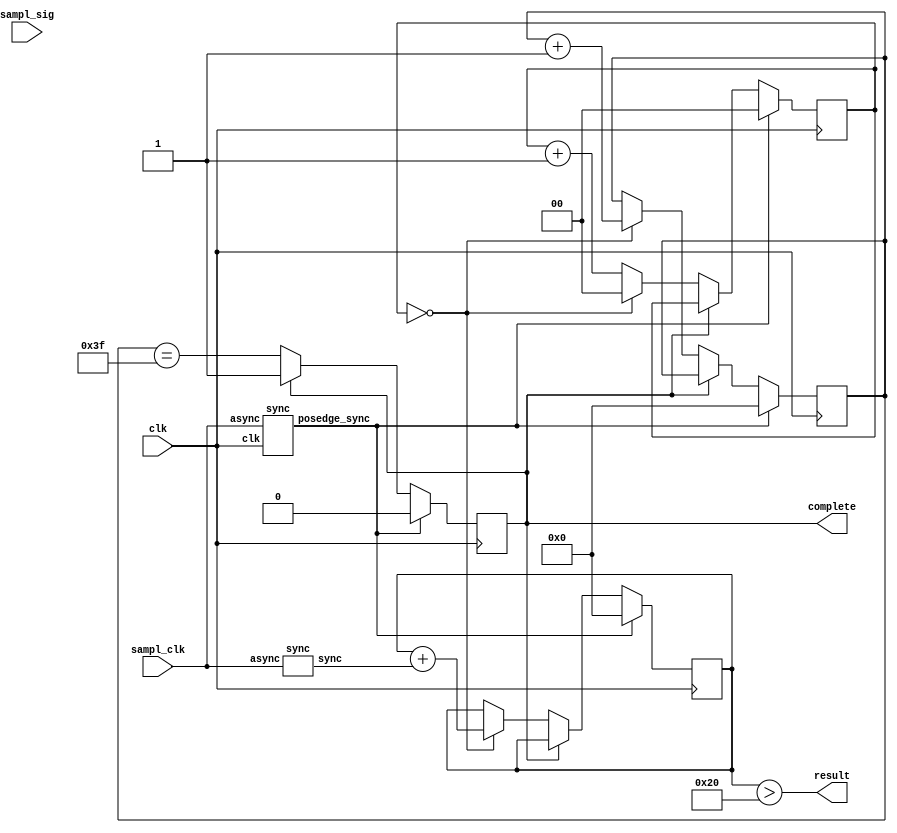
`ifndef LIBRARY_INCLUDED
`define LIBRARY_INCLUDED

/*
 *          Module for signal sampling
 *  Read `sampl_sig` signal `SAMPLES_COUNT` times once each `SAMPLES_STEP`
 * pulses starting with rising edge of `sampl_clk`. `complete` and `result` 
 * indicate result of sampling. 
 *  WARNING: `clk` frequency should be big enough to include required amount 
 * of samples between `sampl_clk` pulses
 */
module sampling
#(
  parameter SAMPLES_COUNT = 64,  // Count of samples 
  parameter SAMPLES_STEP  = 1    // Number of pulses between samples
)
(
  // Frequency of `clk` should be >> frequency of `sampl_clk`
  input  wire clk,            // System clock
  input  wire sampl_clk,      // Clock of signal to sample 
  input  wire sampl_sig,      // Signal to sample
  output reg  complete,       // Complete flag
  output wire result          // Result of sampling
);
  reg [$clog2(SAMPLES_COUNT)-1:0] sampl_cnt;
  reg [$clog2(SAMPLES_COUNT)-1:0] sampl_res;
  reg [$clog2(SAMPLES_STEP)-1:0]  sampl_step_cnt;

  wire sampl_clk_posedge;
  sync
  sampl_clk_sync
  (
    .async(sampl_clk),
    .clk(clk),
    .posedge_sync(sampl_clk_posedge)
  );

  wire sampl_sig_probe;
  sync
  sampl_sig_sync
  (
    .async(sampl_clk),
    .sync(sampl_sig_probe)
  );

  assign result = (sampl_res > SAMPLES_COUNT / 2);

  always @(posedge clk)
  begin
    if (sampl_clk_posedge) // Start of sampling
    begin
      sampl_step_cnt <= 0;
      sampl_cnt      <= 0;
      sampl_res      <= 0;
      complete       <= 0;
    end
    else if (!complete) // Sampling isn't complete
    begin
      sampl_step_cnt <= (sampl_step_cnt == SAMPLES_STEP - 1) ? 0 : sampl_step_cnt + 1;
      sampl_cnt      <= (sampl_step_cnt == SAMPLES_STEP - 1) ? sampl_cnt + 1: sampl_cnt;
      sampl_res      <= (sampl_step_cnt == SAMPLES_STEP- 1) ? sampl_res + sampl_sig_probe : sampl_res;
      complete       <= (sampl_cnt == SAMPLES_COUNT - 1);
    end
  end
endmodule

// PS/2 receiver module
module ps2_receiver 
(
  input wire clk,             // System clock
  input wire reset,           // Reset signal (active high)
  input wire ps2_clk,         // PS/2 Clock signal
  input wire ps2_data,        // PS/2 Data signal
  output reg [7:0] recv_data, // Output: Last received byte
  output reg recv_complete    // Output: High when a recv_data byte is available
);
  // State machine states
  localparam IDLE   = 3'b000,  // Waiting for start bit
             DATA   = 3'b010,  // Receiving data bits
             PARITY = 3'b011,  // Receiving parity bit
             STOP   = 3'b100;  // Receiving stop bit

  reg [2:0] state;     // State register
  reg [2:0] bit_cnt;   // Counter for data bits
  reg parity;          // Parity bit calculation register

  reg ps2_sampl_result_late;
  wire ps2_sampl_complete;
  wire ps2_sampl_result;
  sampling
  ps2_sampl
  (
    .clk(clk),
    .sampl_clk(~ps2_clk), // Use ps2_clk negedge as starting point of sampling
    .sampl_sig(ps2_data),
    .complete(ps2_sampl_complete),
    .result(ps2_sampl_result)
  );

  always @(posedge clk) 
  begin
    ps2_sampl_result_late <= ps2_sampl_result;
    if (reset) // Reset state to IDLE 
    begin 
      state         <= IDLE;     
      recv_data     <= 8'b0;
      recv_complete <= 1'b0; 
      bit_cnt       <= 3'b0;
      parity        <= 1'b0;
    end   
    else if (ps2_sampl_result ^ ps2_sampl_result_late) // First pulse with sampling complete flag high
    begin
      case (state)
        IDLE: 
        begin
          if (~ps2_sampl_result) // Good start bit detected (low)
          begin
            state         <= DATA;   // Switch to DATA state
            bit_cnt       <= 3'b000; // Reset bit counter
            recv_data     <= 8'b0;   // Reset received byte
            recv_complete <= 1'b0;   // Reset complete flag
            parity        <= 1'b0;   // Reset parity calculation register
          end
        end
        DATA: 
        begin
          recv_data <= {ps2_sampl_result, recv_data[7:1]};     // Save new data bit
          parity    <= parity ^ ps2_sampl_result ;             // Update parity calculation
          bit_cnt   <= bit_cnt + 1;                            // Increment bit counter
          state     <= (bit_cnt == 3'b111) ? PARITY : state;   // Switch to PARITY state
        end
        PARITY: 
        begin
          // Change state according to parity check
          state <= (parity == ps2_sampl_result) ? STOP : IDLE;
        end
        STOP: 
        begin
          // Set complete flag is stop bit is correct
          recv_complete <= (ps2_sampl_result == 1) ? 1'b1 : 1'b0;
          state         <= IDLE; // Return to IDLE state
        end
      endcase
    end
  end
endmodule

/*
 *                Memory module
 *  One-tact `write` pulse need to write `val2write` 
 * value at address `addr`. `val2read` always 
 * represent value at address `addr`
 */

module memory
#(
  parameter BIT_DEPTH = 8,
  parameter ADDR_BIT_DEPTH = 2
)
(
  input  wire clk,
  input  wire reset,
  input  wire write,
  input  wire [ADDR_BIT_DEPTH-1:0] addr,
  input  wire [BIT_DEPTH-1:0] val2write,
  output wire [BIT_DEPTH-1:0] val2read
);
  localparam MEM_SIZE = 1 << ADDR_BIT_DEPTH;

  // Memory registers
  reg [BIT_DEPTH-1:0] mem [MEM_SIZE-1:0];

  // Generate memory logic for each register
  genvar gi;
  generate
    for (gi = 0; gi < MEM_SIZE; gi = gi + 1)
    begin: memory_reg_loop
      always @(posedge clk)
      begin
        if (reset) // Memory reset
          mem[gi] <= 0;
        else if (write && addr == gi) // Memory write access
          mem[gi] <= val2write;
      end
    end
  endgenerate

  // Memory read access
  assign val2read = mem[addr];
endmodule

/*
 *            Simple timer module 
 * `cmp_flag` is high when `cnt_val` >= `cmp_val`
 * `cnt_val` is increased by one each `clk` tact
 */

module timer
#(
  parameter BIT_DEPTH = 32
)
(
  input  wire clk,
  input  wire reset,
  input  wire [BIT_DEPTH-1:0] cmp_val,
  output reg  [BIT_DEPTH-1:0] cnt_val,
  output wire cmp_flag
);
  assign cmp_flag = (cnt_val >= cmp_val);
  always @(posedge clk)
    if (reset)
      cnt_val <= 0;
    else
      cnt_val <= cnt_val + 1;
endmodule

// Convert 4-bit number to hexadecimal representation for 7-segment dispay
// TODO: In fact, it is Lookup Table, maybe it can be separate parameterizable module
module sevseg
(
  input  wire [3:0] number,
  output wire [6:0] digit
);
  wire [6:0] lut [0:15];
// Values gathered from DE2-115 user manual, p. 37
/*
    0
  5   1
    6
  4   2
    3
*/
//                    6543210
  assign lut[0]  = 7'b0111111;
  assign lut[1]  = 7'b0000110;
  assign lut[2]  = 7'b1011011;
  assign lut[3]  = 7'b1001111;
  assign lut[4]  = 7'b1100110;
  assign lut[5]  = 7'b1101101;
  assign lut[6]  = 7'b1111101;
  assign lut[7]  = 7'b0000111;
  assign lut[8]  = 7'b1111111;
  assign lut[9]  = 7'b1101111;
  assign lut[10] = 7'b1110111;
  assign lut[11] = 7'b1111100;
  assign lut[12] = 7'b0111001;
  assign lut[13] = 7'b1011110;
  assign lut[14] = 7'b1111001;
  assign lut[15] = 7'b1110001;
  assign digit   = ~lut[number];
endmodule

module notation_self_reset
#(
  parameter BIT_DEPTH = 8,
  parameter NUM_DIGITS = 3,
  parameter BASE = 10
)
(
  input  wire clk,                  
  input  wire reset,                
  input  wire [BIT_DEPTH-1:0] number, 
  output wire [(NUM_DIGITS * BIT_DEPTH)-1:0] digits
);
  wire conversion_done;
  notation
  #(
    .BIT_DEPTH(BIT_DEPTH),
    .NUM_DIGITS(NUM_DIGITS),
    .BASE(BASE)
  )
  notation_inst
  (
    .clk(clk),
    .reset(reset | conversion_done),
    .number(number),
    .digits(digits),
    .conversion_done(conversion_done)
  );
endmodule

// --------------------------------------------------------------------------------
// Module: notation
// Description:
//  The notation module converts an input number into an array of digits in the
// specified base. It uses a state machine to control the conversion process,
// employing a division module to obtain each digit. The result is presented as
// a single wire, where each digit occupies BIT_DEPTH bits.
//
// Algorithm Summary:
// 1. Initialize the state machine and set the current number to the input number.
// 2. Start the division process with the current number as the dividend and the 
// base as the divisor.
// 3. Wait for the division process to complete and store the remainder as a digit.
// 4. Update the current number with the quotient and repeat the division process.
// 5. Continue until all digits are processed, then set the conversion_done signal 
// to indicate completion.
// --------------------------------------------------------------------------------
module notation
#(
  parameter BIT_DEPTH = 8,          // Bit depth of the input number and output digits
  parameter NUM_DIGITS = 3,         // Number of digits in the output
  parameter BASE = 10               // Base of the output digits
)
(
  input  wire clk,                  // Clock signal input
  input  wire reset,                // Reset signal input
  input  wire [BIT_DEPTH-1:0] number, // Input number to be converted
  output wire [(NUM_DIGITS * BIT_DEPTH)-1:0] digits, // Output digits as a single wire
  output reg conversion_done        // Signal to indicate completion of the conversion
);
  // Internal registers and wires
  reg [BIT_DEPTH-1:0] current_number; // Stores the current number being processed
  wire [BIT_DEPTH-1:0] quotient;      // Quotient from the division module
  wire [BIT_DEPTH-1:0] remainder;     // Remainder from the division module
  reg [31:0] idx;                     // Index to keep track of the digit being processed
  reg [1:0] state;                    // State of the state machine
  reg start;                          // Start signal for the division module
  wire done;                          // Done signal from the division module

  // Internal array of registers for digits
  reg [BIT_DEPTH-1:0] internal_digits [NUM_DIGITS-1:0];

  // State machine states
  localparam INIT = 2'b00;
  localparam START_DIVISION = 2'b01;
  localparam WAIT = 2'b10;
  localparam DONE = 2'b11;

  // Instantiate the division module
  division #(.BIT_DEPTH(BIT_DEPTH)) div_inst (
    .clk(clk),
    .reset(reset),
    .start(start),
    .done(done),
    .dividend_in(current_number),
    .divisor_in(BASE[BIT_DEPTH-1:0]),
    .quotient(quotient),
    .remainder(remainder)
  );

  // State machine logic
  always @(posedge clk) begin
    if (reset) begin
      current_number <= 0;
      idx <= 0;
      state <= INIT;
      start <= 0;
      conversion_done <= 0;
    end else begin
      case (state)
        INIT: begin
          current_number <= number;
          idx <= 0;
          state <= START_DIVISION;
          conversion_done <= 0;
        end
        START_DIVISION: begin
          start <= 1;
          if (done) begin
            internal_digits[idx] <= remainder;
            idx <= idx + 1;
            if (idx < NUM_DIGITS) begin
              current_number <= quotient;
              state <= START_DIVISION;
            end else begin
              state <= DONE;
            end
          end else begin
            state <= WAIT;
          end
        end
        WAIT: begin
          if (done) begin
            start <= 0;
            state <= START_DIVISION;
          end
        end
        DONE: begin
          // Indicate conversion completion
          start <= 0;
          conversion_done <= 1;
        end
      endcase
    end
  end

  // Wire the output 'digits' to the internal_digits array
  genvar i;
  generate
    for (i = 0; i < NUM_DIGITS; i = i + 1)
    begin: digits_wires_loop
      assign digits[i * BIT_DEPTH +: BIT_DEPTH] = internal_digits[i];
    end
  endgenerate
endmodule

/*
 *  Divison module provided by GPT-4 with my fixes. It seems that GPT-4 doens't
 * understand concept of '<=' operation, because C version of this algorithm he
 * provided is correct. You can find it in file division.c. Provided algorithm
 * is called "non-restoring division": it uses BIT_DEPTH pulses to perfom
 * division of BIT_DEPTH-bit unsigned numbers
*/

// Declare the division module with a parameter named BIT_DEPTH, which represents the bit width of the inputs and outputs.
module division 
#(
  parameter BIT_DEPTH = 8
)
(
  input wire clk,          // Clock signal input
  input wire reset,        // Reset signal input
  input wire start,        // Start signal input, indicate start of division, should be high during divison process
  output reg done,         // Done signal output, high when division process is completed. Can be reset by reseting start
  input wire  [BIT_DEPTH-1:0] dividend_in, // Dividend input
  input wire  [BIT_DEPTH-1:0] divisor_in,  // Divisor input
  output reg  [BIT_DEPTH-1:0] quotient,    // Quotient output
  output wire [BIT_DEPTH-1:0] remainder    // Remainder output
);
  // Declare the internal registers needed for the algorithm.
  reg [BIT_DEPTH*2-1:0] temp;     // Temporary register to store the dividend and partial remainders.
  reg [BIT_DEPTH-1:0]   count;    // Counter to keep track of the division steps.
  reg [BIT_DEPTH-1:0]   divisor;  // Stored divisor, needed to get rid of troubles when divisor_in is changed during algorithm

  assign remainder = temp[BIT_DEPTH*2-1:BIT_DEPTH]; 

  // Some helpfull wires to make always block more clear
  wire [BIT_DEPTH*2-1:0] temp_shifted        = temp << 1;
  wire [BIT_DEPTH-1:0]   remainder_shifted   = temp_shifted[BIT_DEPTH*2-1:BIT_DEPTH];
  wire [BIT_DEPTH-1:0]   remainder_new_step  = (remainder_shifted[BIT_DEPTH-1]) ? remainder_shifted + divisor :
                                                                                  remainder_shifted - divisor;
  wire [BIT_DEPTH-1:0]   remainder_last_step = (remainder_new_step[BIT_DEPTH-1]) ? remainder_new_step + divisor :
                                                                                   remainder_new_step;
  wire [BIT_DEPTH*2-1:0] temp_init     = {{BIT_DEPTH{1'b0}}, dividend_in};
  wire [BIT_DEPTH*2-1:0] temp_new      = {remainder_new_step,  temp_shifted[BIT_DEPTH-1:0]};
  wire [BIT_DEPTH*2-1:0] temp_last     = {remainder_last_step, temp_shifted[BIT_DEPTH-1:0]};
  wire [BIT_DEPTH-1:0]   quotient_new  = {quotient[BIT_DEPTH-2:0], ~remainder_new_step[BIT_DEPTH-1]};

  // The always block is sensitive to the rising edge of the clock and reset signals.
  always @(posedge clk) begin
    // When the reset signal is high, initialize all internal registers and outputs to 0.
    if (reset) begin
      quotient <= 0;
      temp     <= 0;
      count    <= 0;
      done     <= 0;
      divisor  <= 0;
    end else if (start) begin        // When the start signal is high, begin the division process.
      if (count == 0 && !done) begin // When the counter is 0, initialize registers with started values
        temp <= temp_init;
        if (divisor_in == 0) begin
          quotient <= 0;
          done     <= 1;
        end else begin
          count    <= BIT_DEPTH;
          divisor  <= divisor_in;
        end
      end else if (!done) begin // In other steps of the division process:
        if (count == 1) begin
          // Last iteration
          done <= 1;
          temp <= temp_last;
        end else
          // Not last iteration
          temp <= temp_new;

        // Update quotient
        quotient <= quotient_new;
        // Decrement the counter.
        count    <= count - 1;
      end
    end else begin // If the start signal is low, set the done signal to 0.
      done <= 0;
    end
  end
endmodule

/*
 *  Implementation of `notation` module without any registers
 */

module notation_tickless
#(
  parameter BIT_DEPTH = 8,          // Bit depth of the input number and output digits
  parameter NUM_DIGITS = 3,         // Number of digits in the output
  parameter BASE = 10               // Base of the output digits
)
(
  input  wire [BIT_DEPTH-1:0] number,                // Input number to be converted
  output wire [(NUM_DIGITS * BIT_DEPTH)-1:0] digits  // Output digits as a single wire
);
  wire [BIT_DEPTH-1:0] dividend_helpers [NUM_DIGITS:0];
  assign dividend_helpers[0] = number;

  genvar i;
  generate
    for (i = 0; i < NUM_DIGITS; i = i + 1)
    begin: notation_tickless_loop
      division_tickless
      #(
        .BIT_DEPTH(BIT_DEPTH)
      ) 
      div
      (
        .dividend(dividend_helpers[i]),
        .divisor(BASE[BIT_DEPTH-1:0]),
        .quotient(dividend_helpers[i+1]),
        .remainder(digits[(BIT_DEPTH * (i + 1)) - 1: BIT_DEPTH * i])
      );
    end
  endgenerate
endmodule

/*
 *  Implementation of `division` module without any registers
 */

module division_tickless
#(
  parameter BIT_DEPTH = 8
)
(
  input wire  [BIT_DEPTH-1:0] dividend,    // Dividend input
  input wire  [BIT_DEPTH-1:0] divisor,     // Divisor input
  output wire [BIT_DEPTH-1:0] quotient,    // Quotient output
  output wire [BIT_DEPTH-1:0] remainder,   // Remainder output
  output wire exception                    // Division by zero exception
);
  assign exception = (divisor == 0);

  wire [BIT_DEPTH*2-1:0] ext_remainder_shifted [BIT_DEPTH-1:0]; // Stores left-shift value of previous extended remainder
  wire [BIT_DEPTH-1:0]   remainder_shifted     [BIT_DEPTH-1:0]; // Stores left-shift value of previous remainder
  wire [BIT_DEPTH-1:0]   remainder_step        [BIT_DEPTH-1:0]; // Stores value of current remainder
  wire [BIT_DEPTH*2-1:0] ext_remainder_step    [BIT_DEPTH-1:0]; // Stores value of current extended remainder
  wire [BIT_DEPTH-1:0]   quotient_step         [BIT_DEPTH-1:0]; // Stores value of current quotient

  assign ext_remainder_shifted[0]  = {{BIT_DEPTH{1'b0}}, dividend} << 1;
  assign remainder_shifted[0]      = ext_remainder_shifted[0][BIT_DEPTH*2-1:BIT_DEPTH];
  assign remainder_step[0]         = (remainder_shifted[0][BIT_DEPTH-1]) ? remainder_shifted[0] + divisor :
                                                                           remainder_shifted[0] - divisor;
  assign ext_remainder_step[0]     = {remainder_step[0], ext_remainder_shifted[0][BIT_DEPTH-1:0]};
  assign quotient_step[0]          = {BIT_DEPTH{1'b0}};

  genvar i;
  generate
    for (i = 1; i < BIT_DEPTH; i = i + 1)
    begin: division_loop
      assign ext_remainder_shifted[i] = ext_remainder_step[i-1] << 1;
      assign remainder_shifted[i]     = ext_remainder_shifted[i][BIT_DEPTH*2-1:BIT_DEPTH];
      assign remainder_step[i]        = (remainder_shifted[i][BIT_DEPTH-1]) ? remainder_shifted[i] + divisor :
                                                                              remainder_shifted[i] - divisor;
      assign ext_remainder_step[i]    = {remainder_step[i], ext_remainder_shifted[i][BIT_DEPTH-1:0]};
      assign quotient_step[i]         = {quotient_step[i-1][BIT_DEPTH-2:0], ~remainder_step[i][BIT_DEPTH-1]};
    end
  endgenerate

  assign quotient  = quotient_step[BIT_DEPTH-1];
  assign remainder = (remainder_step[BIT_DEPTH-1][BIT_DEPTH-1]) ? remainder_step[BIT_DEPTH-1] + divisor :
                                                                  remainder_step[BIT_DEPTH-1];
endmodule

// simple sync button, legacy. 
module button
(
  input  wire clk,
  input  wire button_async,
  output wire button_sync
);
  reg first, second;
  always @(posedge clk) 
  begin
    first <= button_async;
    second <= first;
  end
  assign button_sync = ~second & first;
endmodule

// Convert asynchronous edge to single cycle pulse
module sync
(
  input  wire clk,
  input  wire async,
  output reg  sync,
  output wire posedge_sync, 
  output wire negedge_sync
);
  reg late_sync;
  always @(posedge clk)
  begin
    sync <= async;
    late_sync <= sync;
  end
  assign posedge_sync = sync & ~late_sync;
  assign negedge_sync = ~sync & late_sync;
endmodule

module de2_115_buttons
#(
  parameter BUTTONS_AMOUNT = 4
)
(
  input  wire clk,
  input  wire [BUTTONS_AMOUNT-1:0] buttons,
  output wire [BUTTONS_AMOUNT-1:0] sync,
  output wire [BUTTONS_AMOUNT-1:0] pressed,
  output wire [BUTTONS_AMOUNT-1:0] unpressed
);
  genvar i;
  generate
    for (i = 0; i < BUTTONS_AMOUNT; i = i + 1)
    begin: de2_115_buttons_loop
      sync
      sync_button
      (
        .clk(clk),
        .async(buttons[i]),
        .sync(sync[i]),
        .posedge_sync(unpressed[i]),
        .negedge_sync(pressed[i])
      );
    end
  endgenerate
endmodule

// Simple counter
module counter
#(
  parameter BIT_DEPTH = 8
)
(
  input  wire       clk,
  input  wire       inc,
  input  wire       dec,
  input  wire       reset,
  output reg  [BIT_DEPTH-1:0] value
);
  always @(posedge clk)
    if (reset)
      value <= 0;
    else if (inc)
      value <= value + 1;
    else if (dec)
      value <= value - 1;
endmodule

// Shift register
module shiftreg
#(
  parameter BIT_DEPTH = 8
)
(
  input  wire clk,
  input  wire reset,
  input  wire left_shift_bit,
  input  wire left_shift_event,
  input  wire right_shift_bit,
  input  wire right_shift_event,
  output reg  [BIT_DEPTH-1:0] register 
);
  always @(posedge clk)
    if (reset)
      register <= 0;
    else if (left_shift_event)
      register <= {register[BIT_DEPTH-2:0], left_shift_bit};
    else if (right_shift_event)
      register <= {right_shift_bit, register[BIT_DEPTH-1:1]};
endmodule

`endif // LIBRARY_INCLUDED